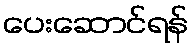
ပေးဆောင်ရန်